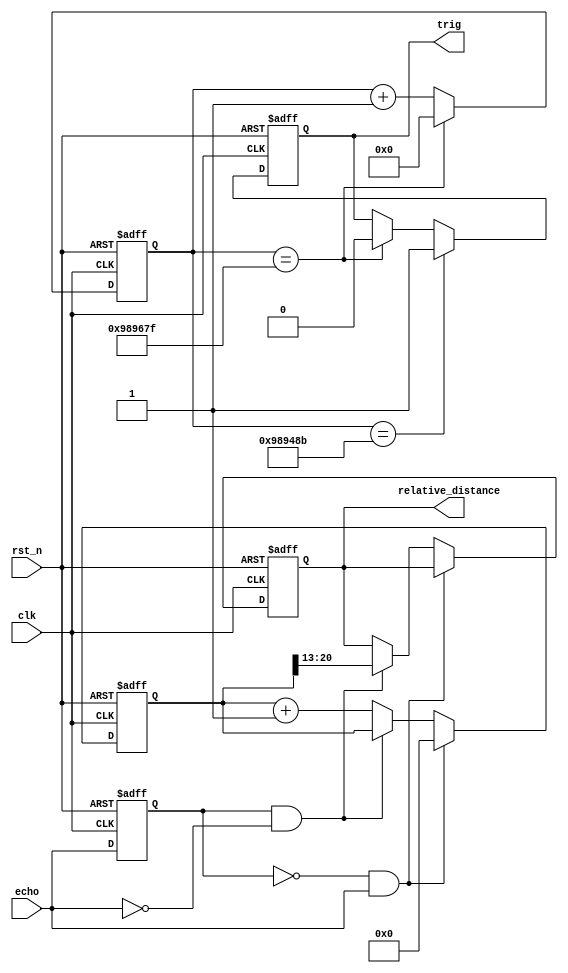
module hc_sr04_receiver
# (
    parameter clk_frequency           = 50000000,
              relative_distance_width = 8
)
(
    input      clk,
    input      rst_n,
    output reg trig,
    input      echo,

    output reg [relative_distance_width - 1:0] relative_distance
);

    // Datasheet: http://www.micropik.com/PDF/HCSR04.pdf
    // Time is measured in clk cycles unless noted otherwise

    localparam

        speed_of_sound_meters_per_second   = 343,
        max_range_in_centimeters           = 400,  // From datasheet

        measurement_cycle_in_milliseconds  = 200,  // From datasheet min is 60
        trig_time_in_microseconds          = 10,   // From datasheet

        measurement_cycle_time
            = measurement_cycle_in_milliseconds * (clk_frequency / 1000),

        trig_time
            = trig_time_in_microseconds * (clk_frequency / 1000000),
        
        echo_clk_cycles_per_centimeters
        
            =   clk_frequency
              * 2    // Sound wave goes 2 ways
              / speed_of_sound_meters_per_second
              / 100, // Number of centimeters in meter
              
        max_echo_time
            = max_range_in_centimeters * echo_clk_cycles_per_centimeters,

        // To accomodate values up to measurement_cycle_time - 1
        trig_cnt_width = $clog2 (measurement_cycle_time),
        
        // To accomodate values up to max_echo_time
        echo_cnt_width = $clog2 (max_echo_time + 1);

    `ifndef SIMULATION_ONLY
    
    initial
    begin
        $display ( "speed_of_sound_meters_per_second  : %0d", speed_of_sound_meters_per_second  );
        $display ( "max_range_in_centimeters          : %0d", max_range_in_centimeters          );
        $display ( "measurement_cycle_in_milliseconds : %0d", measurement_cycle_in_milliseconds );
        $display ( "trig_time_in_microseconds         : %0d", trig_time_in_microseconds         );
        $display ( "measurement_cycle_time            : %0d", measurement_cycle_time            );
        $display ( "trig_time                         : %0d", trig_time                         );
        $display ( "echo_clk_cycles_per_centimeters   : %0d", echo_clk_cycles_per_centimeters   );
        $display ( "max_echo_time                     : %0d", max_echo_time                     );
        $display ( "trig_cnt_width                    : %0d", trig_cnt_width                    );
        $display ( "echo_cnt_width                    : %0d", echo_cnt_width                    );
    end
    
    `endif

    reg [trig_cnt_width - 1:0] trig_cnt;

    always @ (posedge clk or negedge rst_n)
        if (! rst_n)
            trig_cnt <= 0;
        else if (trig_cnt == measurement_cycle_time - 1)
            trig_cnt <= 0;
        else
            trig_cnt <= trig_cnt + 1;

    // We have to wait after reset and after each measurement

    always @ (posedge clk or negedge rst_n)
        if (! rst_n)
            trig <= 0;
        else if (trig_cnt == measurement_cycle_time - trig_time - 1)
            trig <= 1;
        else if (trig_cnt == measurement_cycle_time - 1)
            trig <= 0;

    reg prev_echo;
    
    always @ (posedge clk or negedge rst_n)
        if (! rst_n)
            prev_echo <= 0;
        else
            prev_echo <= echo;

    wire posedge_echo = ~ prev_echo &   echo;
    wire negedge_echo =   prev_echo & ~ echo;

    reg [echo_cnt_width - 1:0] echo_cnt;

    always @ (posedge clk or negedge rst_n)
        if (! rst_n)
        begin
            echo_cnt          <= 0;
            relative_distance <= 0;
        end
        else if (posedge_echo)
        begin
            echo_cnt <= 0;
        end
        else if (negedge_echo)
        begin
            relative_distance
                <= echo_cnt [   echo_cnt_width - 1 
                              : echo_cnt_width - relative_distance_width ];
        end
        else
        begin
            echo_cnt <= echo_cnt + 1;
        end

endmodule